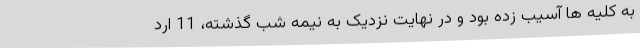
به کلیه ها آسیب زده بود و در نهایت نزدیک به نیمه شب گذشته، 11 ارد